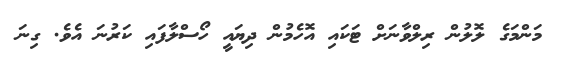
މަންމަގެ ލޮލުން ރިލްވާނަށް ޓަކައި އޮހެމުން ދިޔައީ ހޯސްލާފައި ކަރުނަ އެވެ. ގިނަ